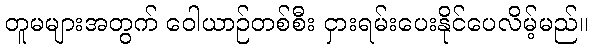
တူမများအတွက် ဝေါယာဉ်တစ်စီး ငှားရမ်းပေးနိုင်ပေလိမ့်မည်။